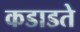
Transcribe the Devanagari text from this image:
कडाडते